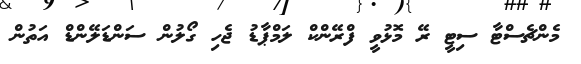
މެންޗެސްޓާ ސިޓީ ރޭ މޮޅުވީ ފްރޭންކް ލަމްޕާޑު ޖެހި ގޯލުން ސަންޑަލޭންޑް އަތުން